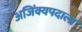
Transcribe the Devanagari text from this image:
अजिंक्यपदाला